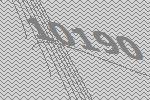
10190